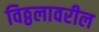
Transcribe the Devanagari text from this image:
विठ्ठलावरील